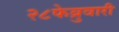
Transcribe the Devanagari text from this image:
२८फेब्रुवारी